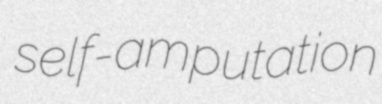
self-amputation